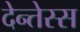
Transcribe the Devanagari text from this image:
देन्तेस्स